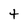
Character: t